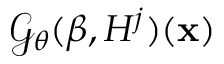
\mathcal { G } _ { \theta } ( \beta , H ^ { j } ) ( \mathbf { x } )